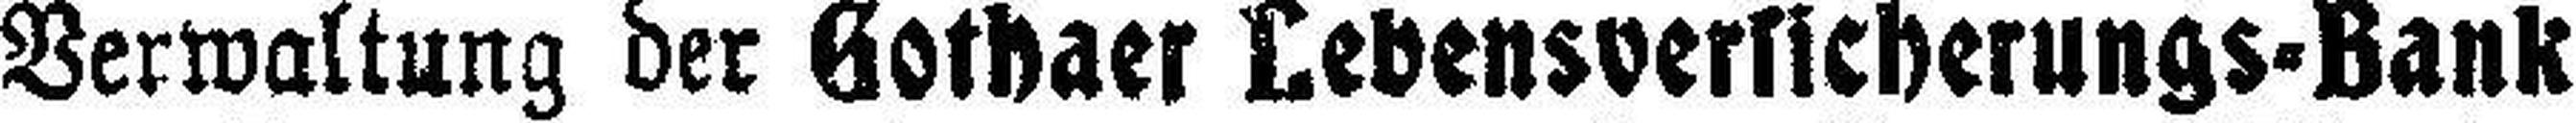
Verwaltung der Gothaer Lebensversicherungs-Bank